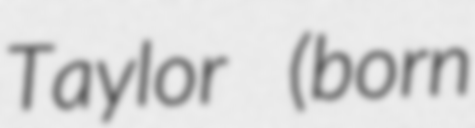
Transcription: Taylor (born